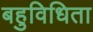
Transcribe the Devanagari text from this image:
बहुविधिता